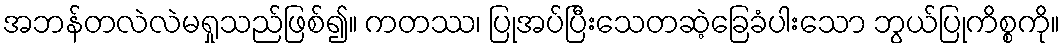
အဘန်တလဲလဲမရှုသည်ဖြစ်၍။ ကတဿ၊ ပြုအပ်ပြီးသေတဆဲ့ခြေခံပါးသော ဘွယ်ပြုကိစ္စကို။